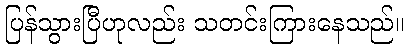
ပြန်သွားပြီဟုလည်း သတင်းကြားနေသည်။